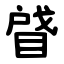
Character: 䁉